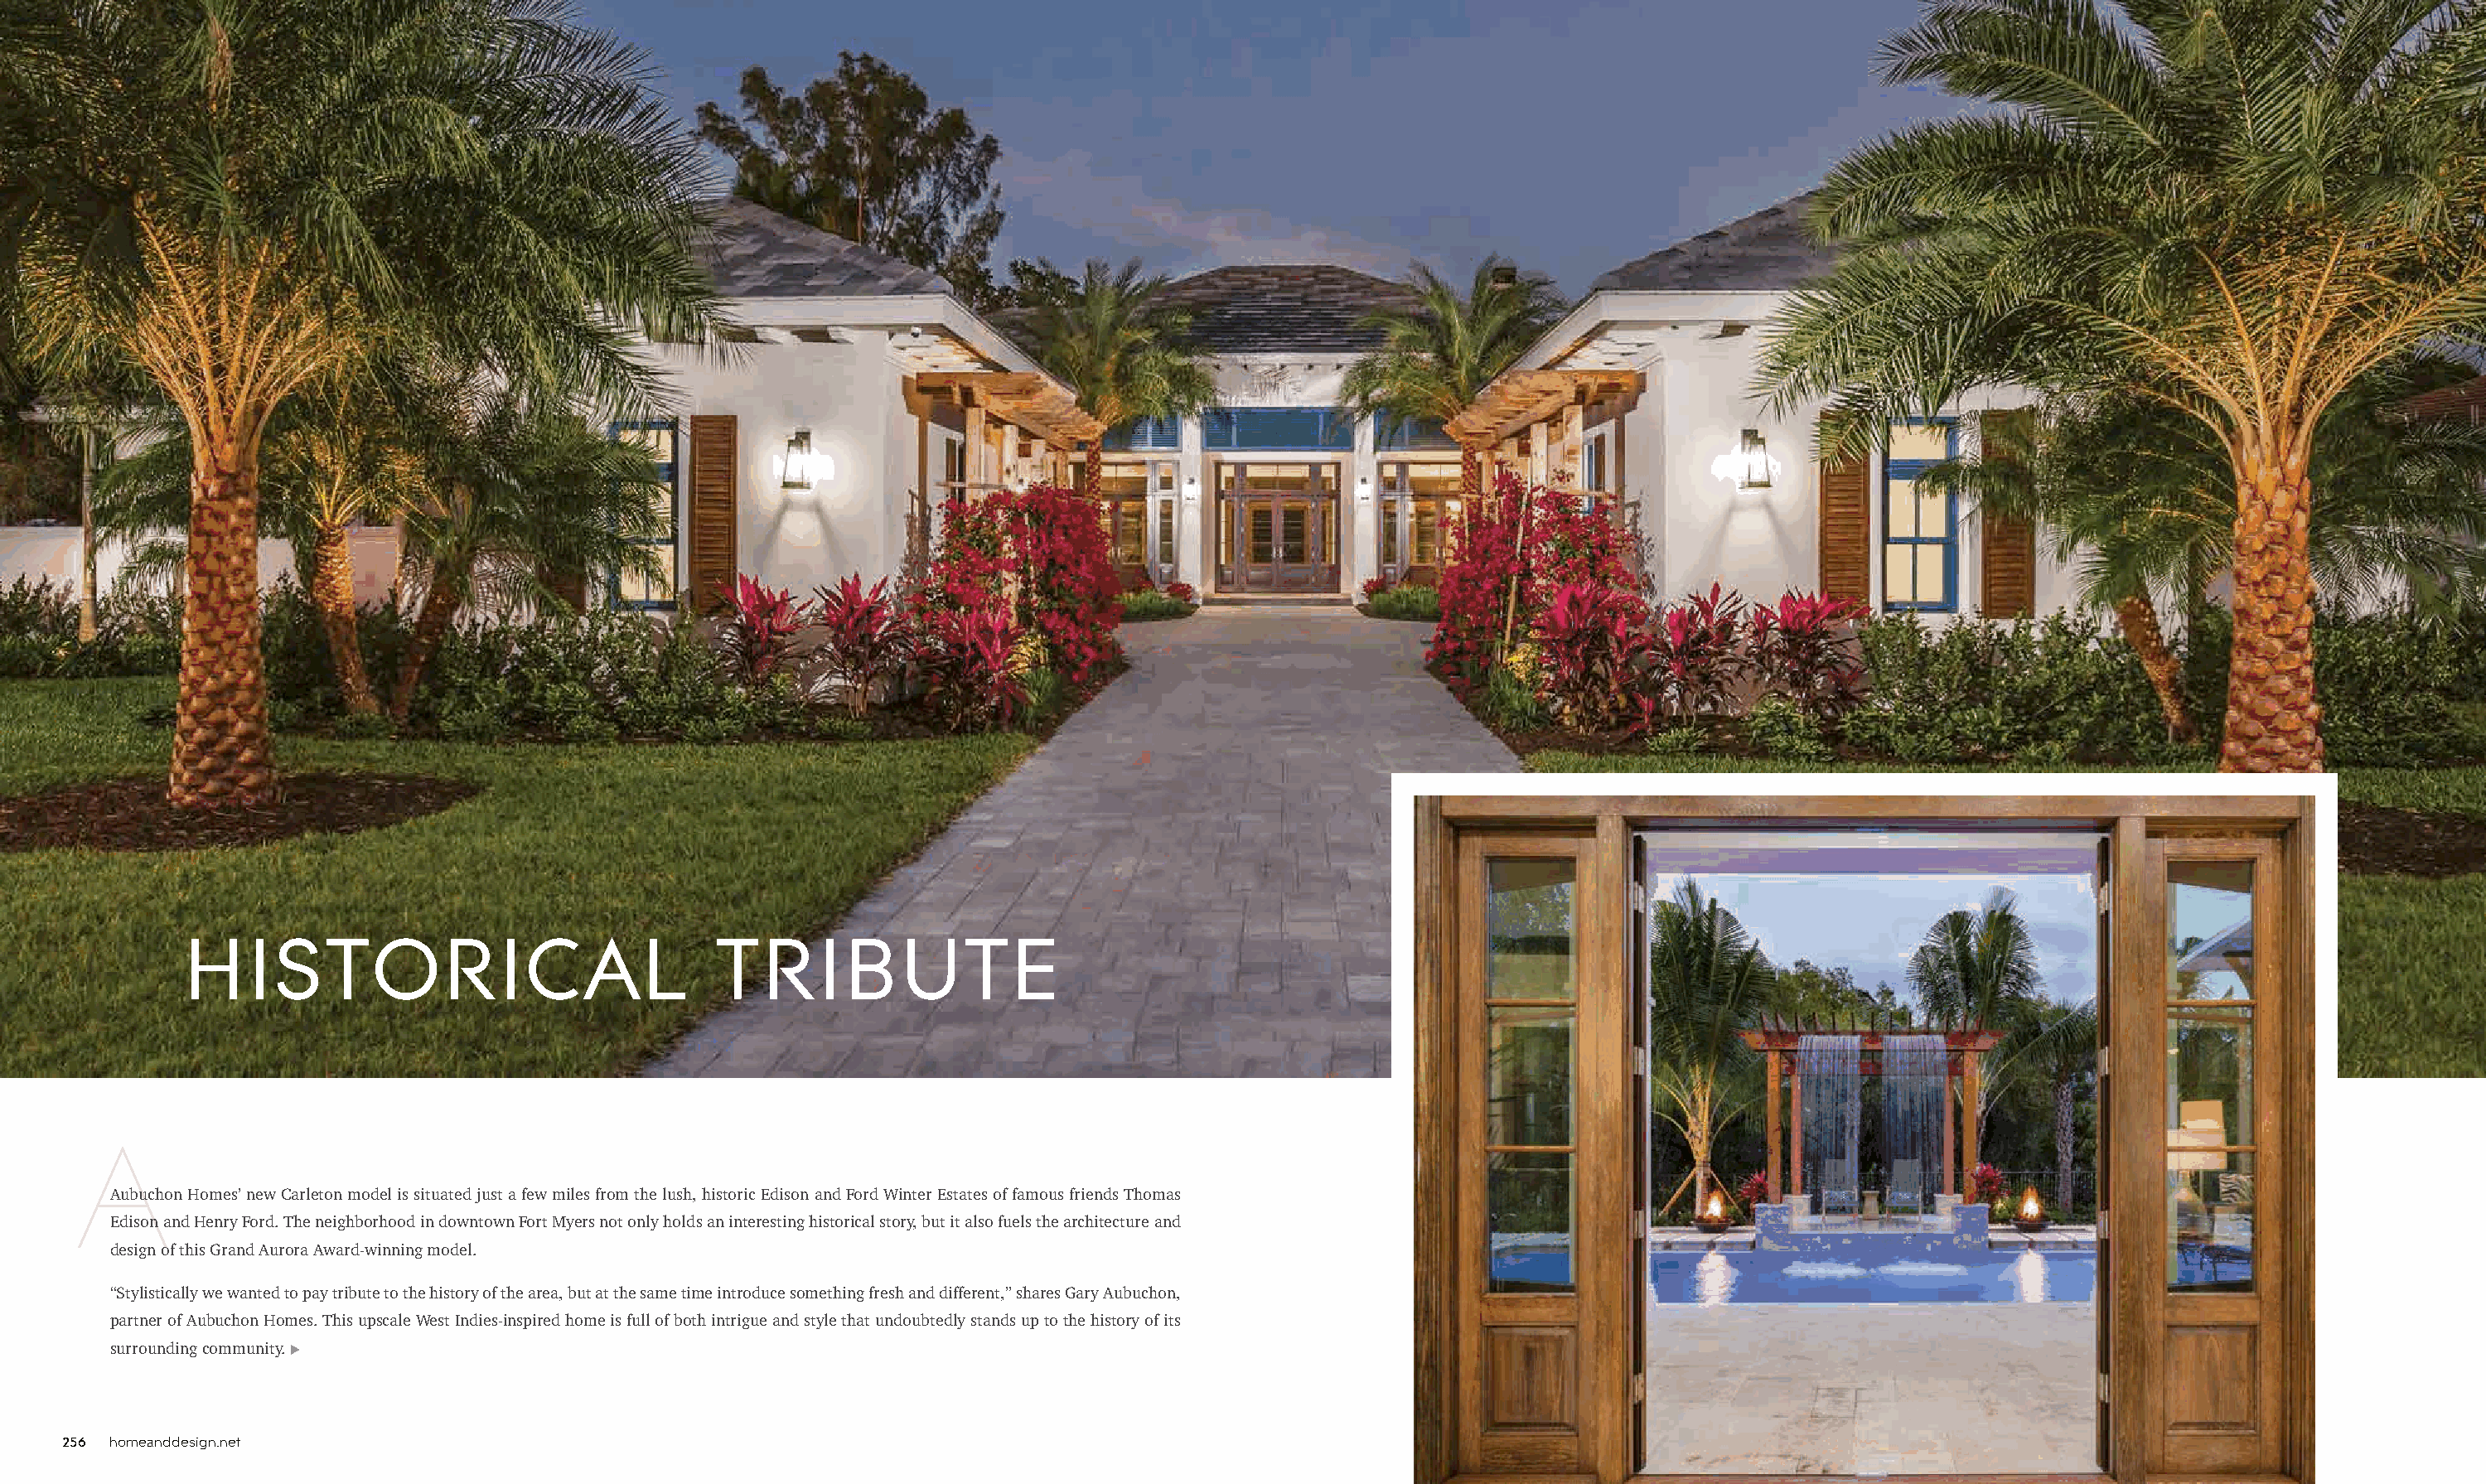
HISTORICAL                                TRIBUTE
 A
 Aubuchon Homes’ new Carleton model is situated just a few miles from the lush, historic Edison and Ford Winter Estates of famous friends Thomas
 Edison and Henry Ford. The neighborhood in downtown Fort Myers not only holds an interesting historical story, but it also fuels the architecture and
 design of this Grand Aurora Award-winning model.
 “Stylistically we wanted to pay tribute to the history of the area, but at the same time introduce something fresh and different,” shares Gary Aubuchon,
 partner of Aubuchon Homes. This upscale West Indies-inspired home is full of both intrigue and style that undoubtedly stands up to the history of its
 surrounding community. u
 256 homeanddesign.net